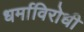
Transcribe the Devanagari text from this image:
धर्माविरोधी